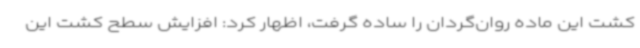
کشت این ماده روان‌گردان را ساده گرفت، اظهار کرد: افزایش سطح کشت این